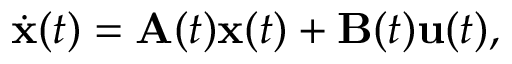
{ \dot { \mathbf { x } } } ( t ) = \mathbf { A } ( t ) \mathbf { x } ( t ) + \mathbf { B } ( t ) \mathbf { u } ( t ) ,